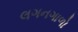
લગનગાળો